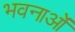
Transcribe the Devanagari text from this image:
भवनाओं